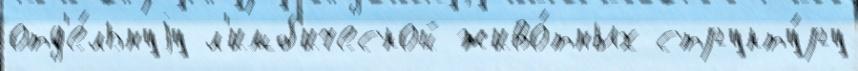
отд'е́льнуjу л'имб'ической живо́тных структу́ру